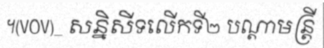
។(VOV)_ សន្និសីទលើកទី២ បណ្តាមន្ត្រី